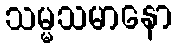
သမ္မသမာနော